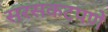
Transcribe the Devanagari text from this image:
सरसकटपणे